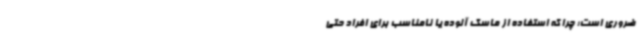
ضروری است؛ چرا که استفاده از ماسک آلوده یا نامناسب برای افراد حتی